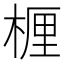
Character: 𬃗